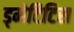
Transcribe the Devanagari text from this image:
ड्मेटिटिस